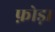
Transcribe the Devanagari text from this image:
फ़ोड़ा